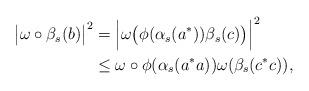
LaTeX: \begin{align*}\bigl|\omega\circ \beta_s(b)\bigr|^2&=\Bigl|\omega\bigl(\phi(\alpha_s(a^*))\beta_s(c)\bigr)\Bigr|^2\\&\le \omega\circ\phi(\alpha_s(a^*a))\omega(\beta_s(c^*c)),\end{align*}